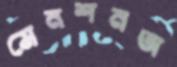
মেনশনঅ